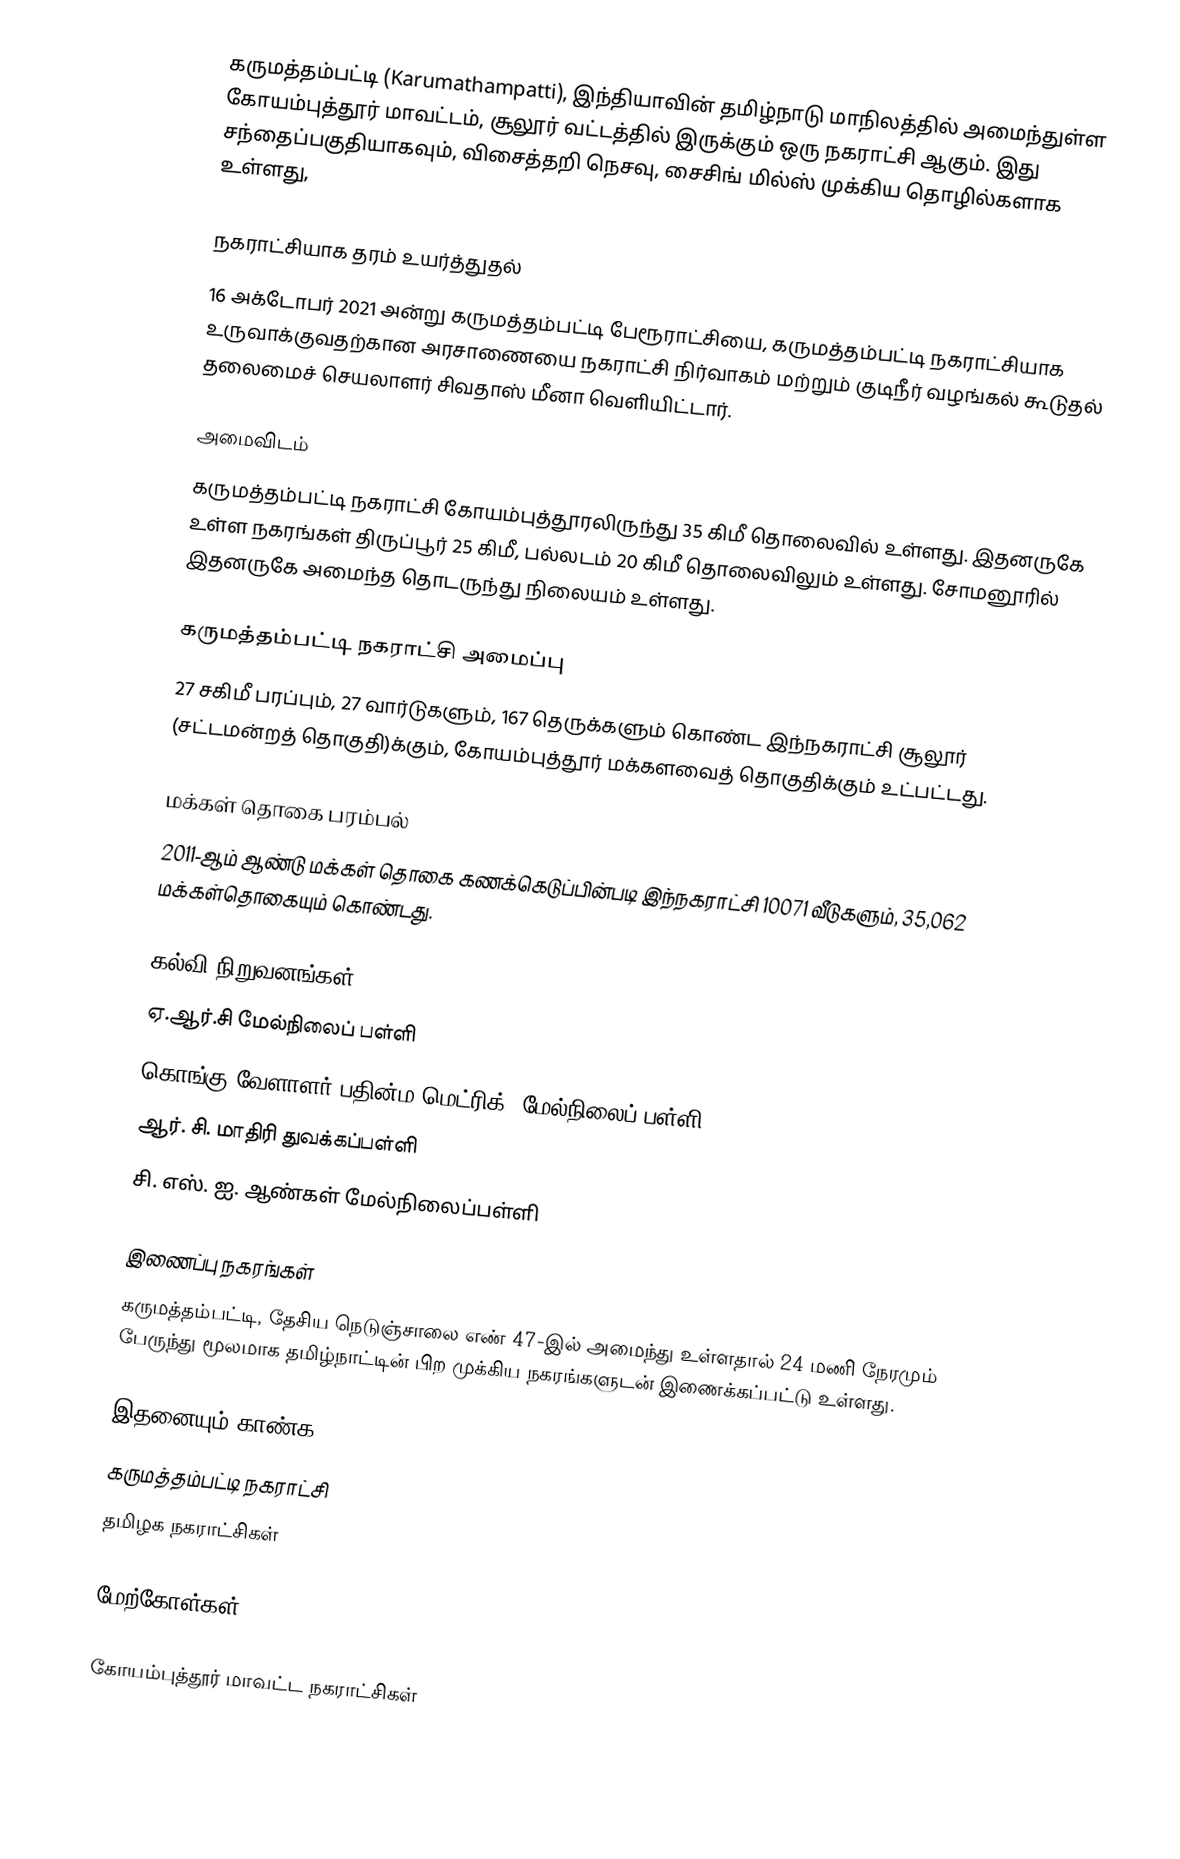
கருமத்தம்பட்டி (Karumathampatti), இந்தியாவின் தமிழ்நாடு மாநிலத்தில் அமைந்துள்ள கோயம்புத்தூர் மாவட்டம், சூலூர் வட்டத்தில் இருக்கும் ஒரு நகராட்சி ஆகும். இது  சந்தைப்பகுதியாகவும், விசைத்தறி நெசவு, சைசிங் மில்ஸ் முக்கிய தொழில்களாக உள்ளது,

நகராட்சியாக தரம் உயர்த்துதல்
16 அக்டோபர் 2021 அன்று கருமத்தம்பட்டி பேரூராட்சியை, கருமத்தம்பட்டி நகராட்சியாக உருவாக்குவதற்கான அரசாணையை  நகராட்சி நிர்வாகம் மற்றும் குடிநீர் வழங்கல் கூடுதல் தலைமைச் செயலாளர் சிவதாஸ் மீனா வெளியிட்டார்.

அமைவிடம்
கருமத்தம்பட்டி நகராட்சி  கோயம்புத்தூரலிருந்து 35 கிமீ தொலைவில் உள்ளது. இதனருகே உள்ள நகரங்கள் திருப்பூர் 25 கிமீ, பல்லடம்  20 கிமீ  தொலைவிலும் உள்ளது. சோமனூரில் இதனருகே அமைந்த தொடருந்து நிலையம் உள்ளது.

கருமத்தம்பட்டி நகராட்சி அமைப்பு
27 சகிமீ பரப்பும், 27 வார்டுகளும், 167 தெருக்களும்  கொண்ட இந்நகராட்சி  சூலூர்  (சட்டமன்றத் தொகுதி)க்கும், கோயம்புத்தூர் மக்களவைத் தொகுதிக்கும் உட்பட்டது.

மக்கள் தொகை பரம்பல்
2011-ஆம் ஆண்டு மக்கள் தொகை கணக்கெடுப்பின்படி  இந்நகராட்சி 10071  வீடுகளும், 35,062 மக்கள்தொகையும் கொண்டது.

கல்வி நிறுவனங்கள்
 ஏ.ஆர்.சி மேல்நிலைப் பள்ளி
 கொங்கு வேளாளர் பதின்ம(மெட்ரிக்) மேல்நிலைப் பள்ளி
 ஆர். சி. மாதிரி துவக்கப்பள்ளி
 சி. எஸ். ஐ. ஆண்கள் மேல்நிலைப்பள்ளி

இணைப்பு நகரங்கள்
கருமத்தம்பட்டி, தேசிய நெடுஞ்சாலை எண் 47-இல் அமைந்து உள்ளதால் 24 மணி நேரமும் பேருந்து மூலமாக தமிழ்நாட்டின் பிற முக்கிய நகரங்களுடன் இணைக்கப்பட்டு உள்ளது.

இதனையும் காண்க
 கருமத்தம்பட்டி நகராட்சி
தமிழக நகராட்சிகள்

மேற்கோள்கள்

கோயம்புத்தூர் மாவட்ட நகராட்சிகள்